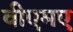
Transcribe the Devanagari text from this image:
वीएमए